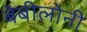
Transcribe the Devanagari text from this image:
बेबीलोनी